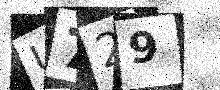
Text: U729